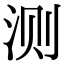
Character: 测